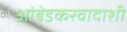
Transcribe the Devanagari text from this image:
आंबेडकरवादाशी